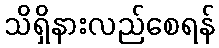
သိရှိနားလည်စေရန်